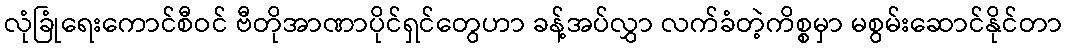
လုံခြုံရေးကောင်စီဝင် ဗီတိုအာဏာပိုင်ရှင်တွေဟာ ခန့်အပ်လွှာ လက်ခံတဲ့ကိစ္စမှာ မစွမ်းဆောင်နိုင်တာ